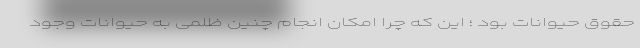
حقوق حیوانات بود ؛ این که چرا امکان انجام چنین ظلمی به حیوانات وجود